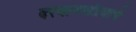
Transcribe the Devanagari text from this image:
दरवाज्यांप्रमाणे